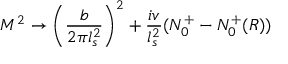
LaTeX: M ^ { 2 } \rightarrow \left( { \frac { b } { 2 \pi l _ { s } ^ { 2 } } } \right) ^ { 2 } + { \frac { i v } { l _ { s } ^ { 2 } } } ( N _ { 0 } ^ { + } - N _ { 0 } ^ { + } ( R ) )